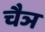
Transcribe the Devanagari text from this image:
चैञ